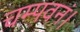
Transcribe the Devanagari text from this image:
चम्पवनं।